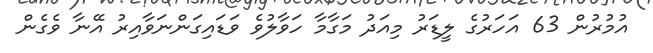
އުމުރުން 63 އަހަރުގެ ލީޑަރު މިއަދު މަގާމާ ހަވާލުވެ ވަޑައިގަންނަވާއިރު އޭނާ ވެގެން